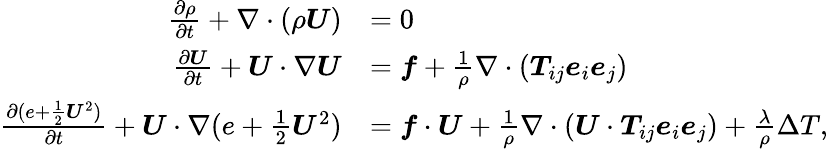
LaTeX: \begin{array}{rl}{\frac{\partial\rho}{\partial t}+\nabla\cdot(\rho\boldsymbol{U})}&{=0}\\ {\frac{\partial\boldsymbol{U}}{\partial t}+\boldsymbol{U}\cdot\nabla\boldsymbol{U}}&{=\boldsymbol{f}+\frac{1}{\rho}\nabla\cdot(\boldsymbol{T}_{ij}\boldsymbol{e}_{i}\boldsymbol{e}_{j})}\\ {\frac{\partial(e+\frac{1}{2}\boldsymbol{U}^{2})}{\partial t}+\boldsymbol{U}\cdot\nabla(e+\frac{1}{2}\boldsymbol{U}^{2})}&{=\boldsymbol{f}\cdot\boldsymbol{U}+\frac{1}{\rho}\nabla\cdot(\boldsymbol{U}\cdot\boldsymbol{T}_{ij}\boldsymbol{e}_{i}\boldsymbol{e}_{j})+\frac{\lambda}{\rho}\Delta T,}\end{array}